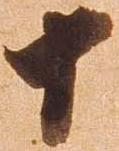
十